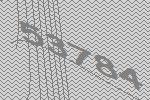
53784